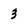
Character: 3